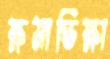
ক্ষমাভিক্ষা